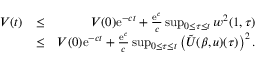
\begin{array} { r l r } { V ( t ) } & { \leq } & { V ( 0 ) \mathrm { e } ^ { - c t } + { \frac { \mathrm { e } ^ { c } } { c } } \operatorname* { s u p } _ { 0 \leq \tau \leq t } w ^ { 2 } ( 1 , \tau ) } \\ & { \leq } & { V ( 0 ) \mathrm { e } ^ { - c t } + { \frac { \mathrm { e } ^ { c } } { c } } \operatorname* { s u p } _ { 0 \leq \tau \leq t } \left( \tilde { \cal U } ( \beta , u ) ( \tau ) \right) ^ { 2 } . } \end{array}